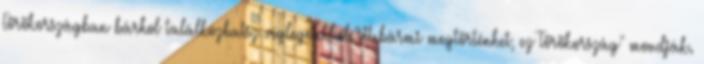
Törökországban bárhol találkozhatsz véglegetekkel."itt bármi megtörténhet, ez Törökország" mondják.